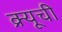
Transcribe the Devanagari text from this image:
क्र्यूची